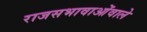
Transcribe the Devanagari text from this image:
राजसभावाओंवाले